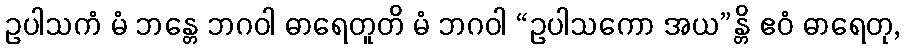
ဥပါသကံ မံ ဘန္တေ ဘဂဝါ ဓာရေတူတိ မံ ဘဂဝါ “ဥပါသကော အယ”န္တိ ဧဝံ ဓာရေတု,